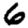
Digit: 6